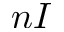
n I